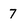
Character: 7